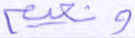
ونعيم